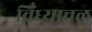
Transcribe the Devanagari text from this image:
विँध्याचल